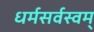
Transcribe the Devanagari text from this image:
धर्मसर्वस्वम्